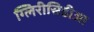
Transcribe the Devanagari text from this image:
ग्लिरीसिडीआ